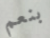
بنعم